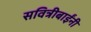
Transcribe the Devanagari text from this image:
सवित्रीबाईंनी